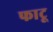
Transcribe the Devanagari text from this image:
फाटू